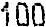
100